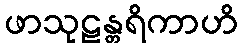
ဖာသုဠန္တရိကာဟိ